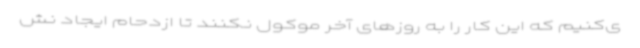
ی‌کنیم که این کار را به روزهای آخر موکول نکنند تا ازدحام ایجاد نش